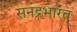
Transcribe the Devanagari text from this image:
सनद्रभारत्